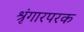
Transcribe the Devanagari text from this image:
श्रृंगारपरक